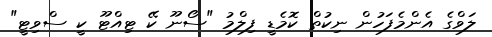
ލަވްގެ އެންމެފަހުން ނިކުތް ކޮމެޑީ ފިލްމު "ސޯނޫ ކޭ ޓިއްޓޫ ކީ ސްވިޓީ"